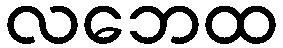
လဘေထ